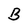
Character: B